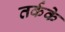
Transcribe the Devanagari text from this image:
तर्कके